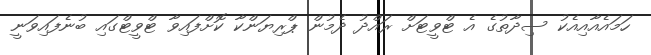
ހަމައެއާއިއެކު ސިދާތުގެ އެ ޓްވީޓަށް ރައްދު ދެމުން ޕްރިޔަންކާ ކޮށްފައިވާ ޓްވީޓްގައި ބުނެފައިވަނީ